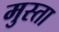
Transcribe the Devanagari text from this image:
मुस्ता